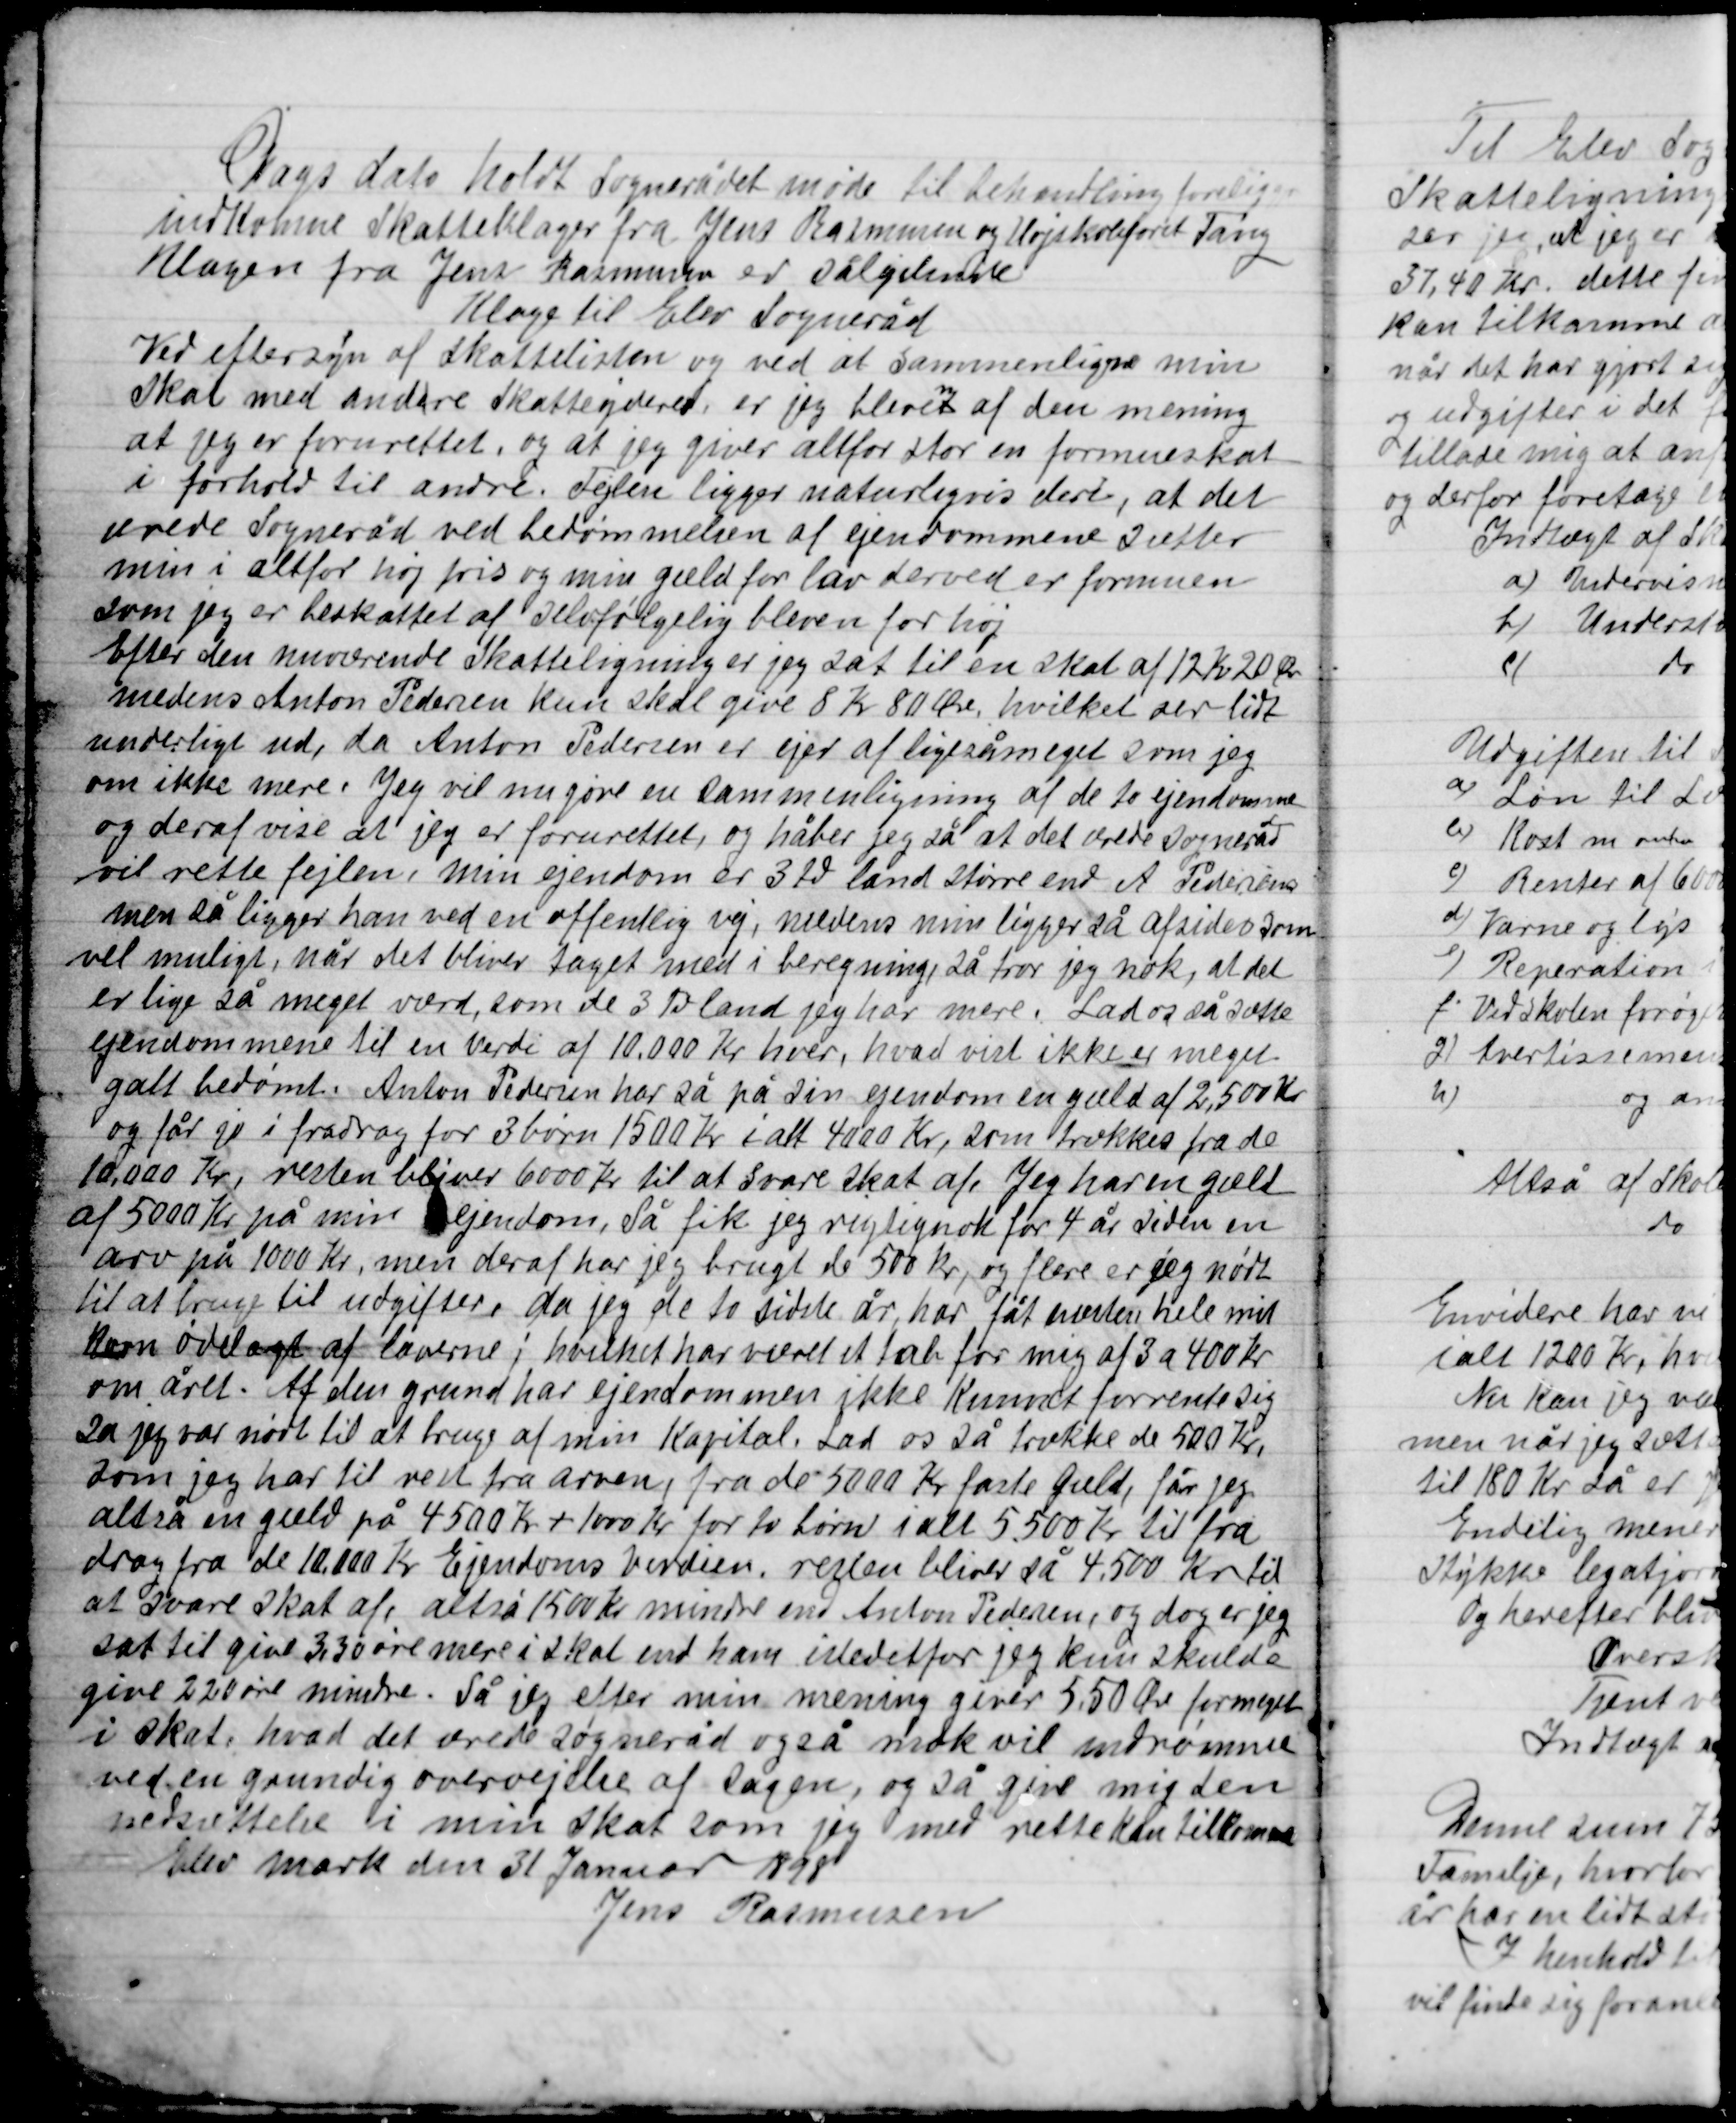
Transskription:
Dags dato holdt Sognerådet møde til behandling foreliger
Indkomne skatteklager fra Jens Rasmussen og Højskoleforst. Tang
Klagen fra Jens Rasmussen er sålydende:
Klage til Elev Sogneråd
Ved eftersyn af skattelisten og ved at sammenligne min
Skat med andre skatteydere, er jeg bleven af den mening
at jeg er forurettet, og at jeg giver altfor stor en formueskat
i forhold til andre. Fejlen ligger naturligvis deri, at det
ærede Sogneråd ved bedømmelsen af ejendommene sætter
min i altfor høj pris og min gæld for lav derved er formuen
som jeg er beskattet af selvfølgelig bleven for høj.
Efter den nuværende Skatteligning er jeg sat til en skat af 12 Kr. 20 Øre
medens Anton Pedersen kun skal give 8 Kr. 80 Øre, hvilket ser lidt
underligt ud, da Anton Pedersen er ejer af ligesåmeget som jeg
om ikke mere. Jeg vil nu gøre en sammenligning af de to ejendomme
og deraf vise at jeg er forurettet, og håber jeg så at det ærede Sogneråd
vil rette fejlen, min ejendom er 3 Td. land større end A. Pedersens
men så ligger han ved en offentlig vej, medens min ligger så afsides som
vel muligt, når det bliver taget med i betragtning, så tror jeg nok, at det
er lige så meget værd, som de 3 Td. land jeg har mere. Lad os så sætte
ejendommene til en Værdi af 10.000 Kr. hver, hvad vist ikke er meget
galt bedømt. Anton Pedersen har så på sin ejendom en gæld af 2,500 Kr.
og får jo i fradrag for 3 børn 1500 Kr. i alt 4000 Kr. som trækkes fra de
10.000 Kr. resten bliver 6000 Kr. til at svare skat af. Jeg har en gæld
af 5000 Kr. på min ejendom, Så fik jeg rigtignok for 4 år siden en
arv på 1000 Kr. men deraf har jeg brugt de 500 Kr. og flere er jeg nødt
til at bruge til udgifter, da jeg de to sidste år har fået næsten hele mit
Hø ødelagt af laverne i hvilket har været et tab for mig af 3 a 400 Kr.
om året. Af den grund har ejendommen ikke kunnet forrente sig
så jeg var nødt til at bruge af min Kapital. Lad os så trække de 500 Kr.
som jeg har til rest fra arven fra de 5000 Kr. fast gæld, får jeg
altså en gæld på 4500 Kr. + 1000 Kr. for to børn i alt 5.500 Kr. til fra
drag fra de 10,000 Kr. Ejendoms værdien. resten bliver så 4.500 Kr. til
at svare skat af. altså 1500 Kr. mindre end Anton Pedersen, og dog er jeg
sat til give 3,30 øre mere i skat end ham istedetfor jeg kun skulle
give 2,20 øre mindre. Så jeg efter min mening giver 5,50 Øre formeget
i skat, hvad det ærede Sogneråd også nok vil indrømme
ved en grundig overvejelse af sagen, og så give mig den
nedsættelse i min skat som jeg med rette kan tilkomme.
Elev mark den 31 Januar 1898
Jens Rasmussen